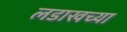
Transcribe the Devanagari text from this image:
लडाखच्या